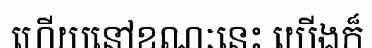
ហើយនៅខណៈនេះ យើងក៏